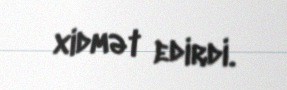
xidmət edirdi.